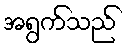
အရွက်သည်